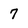
Character: 7